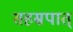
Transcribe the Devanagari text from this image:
सहस्रपात्